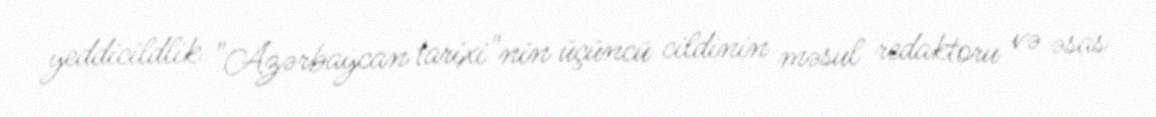
yeddicildlik "Azərbaycan tarixi"nin üçüncü cildinin məsul redaktoru və əsas